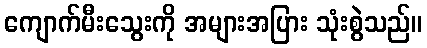
ကျောက်မီးသွေးကို အများအပြား သုံးစွဲသည်။